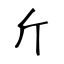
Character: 斤